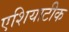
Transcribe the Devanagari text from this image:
एशियाटीक